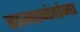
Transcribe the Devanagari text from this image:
रामानंदांना